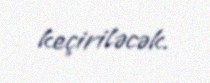
keçiriləcək.